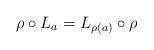
LaTeX: \begin{align*}\rho\circ L_a = L_{\rho(a)}\circ \rho\end{align*}